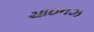
ચાઇનઝ